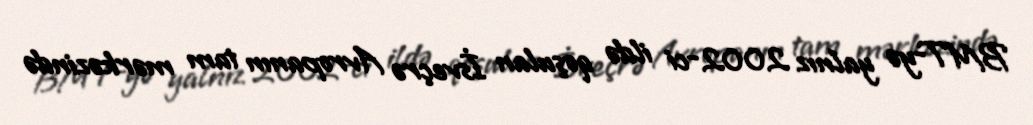
BMT-yə yalnız 2002-ci ildə qoşulan İsveçrə Avropanın tam mərkəzində